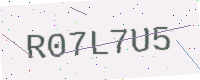
Text: R07L7U5